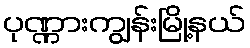
ပုဏ္ဏားကျွန်းမြို့နယ်